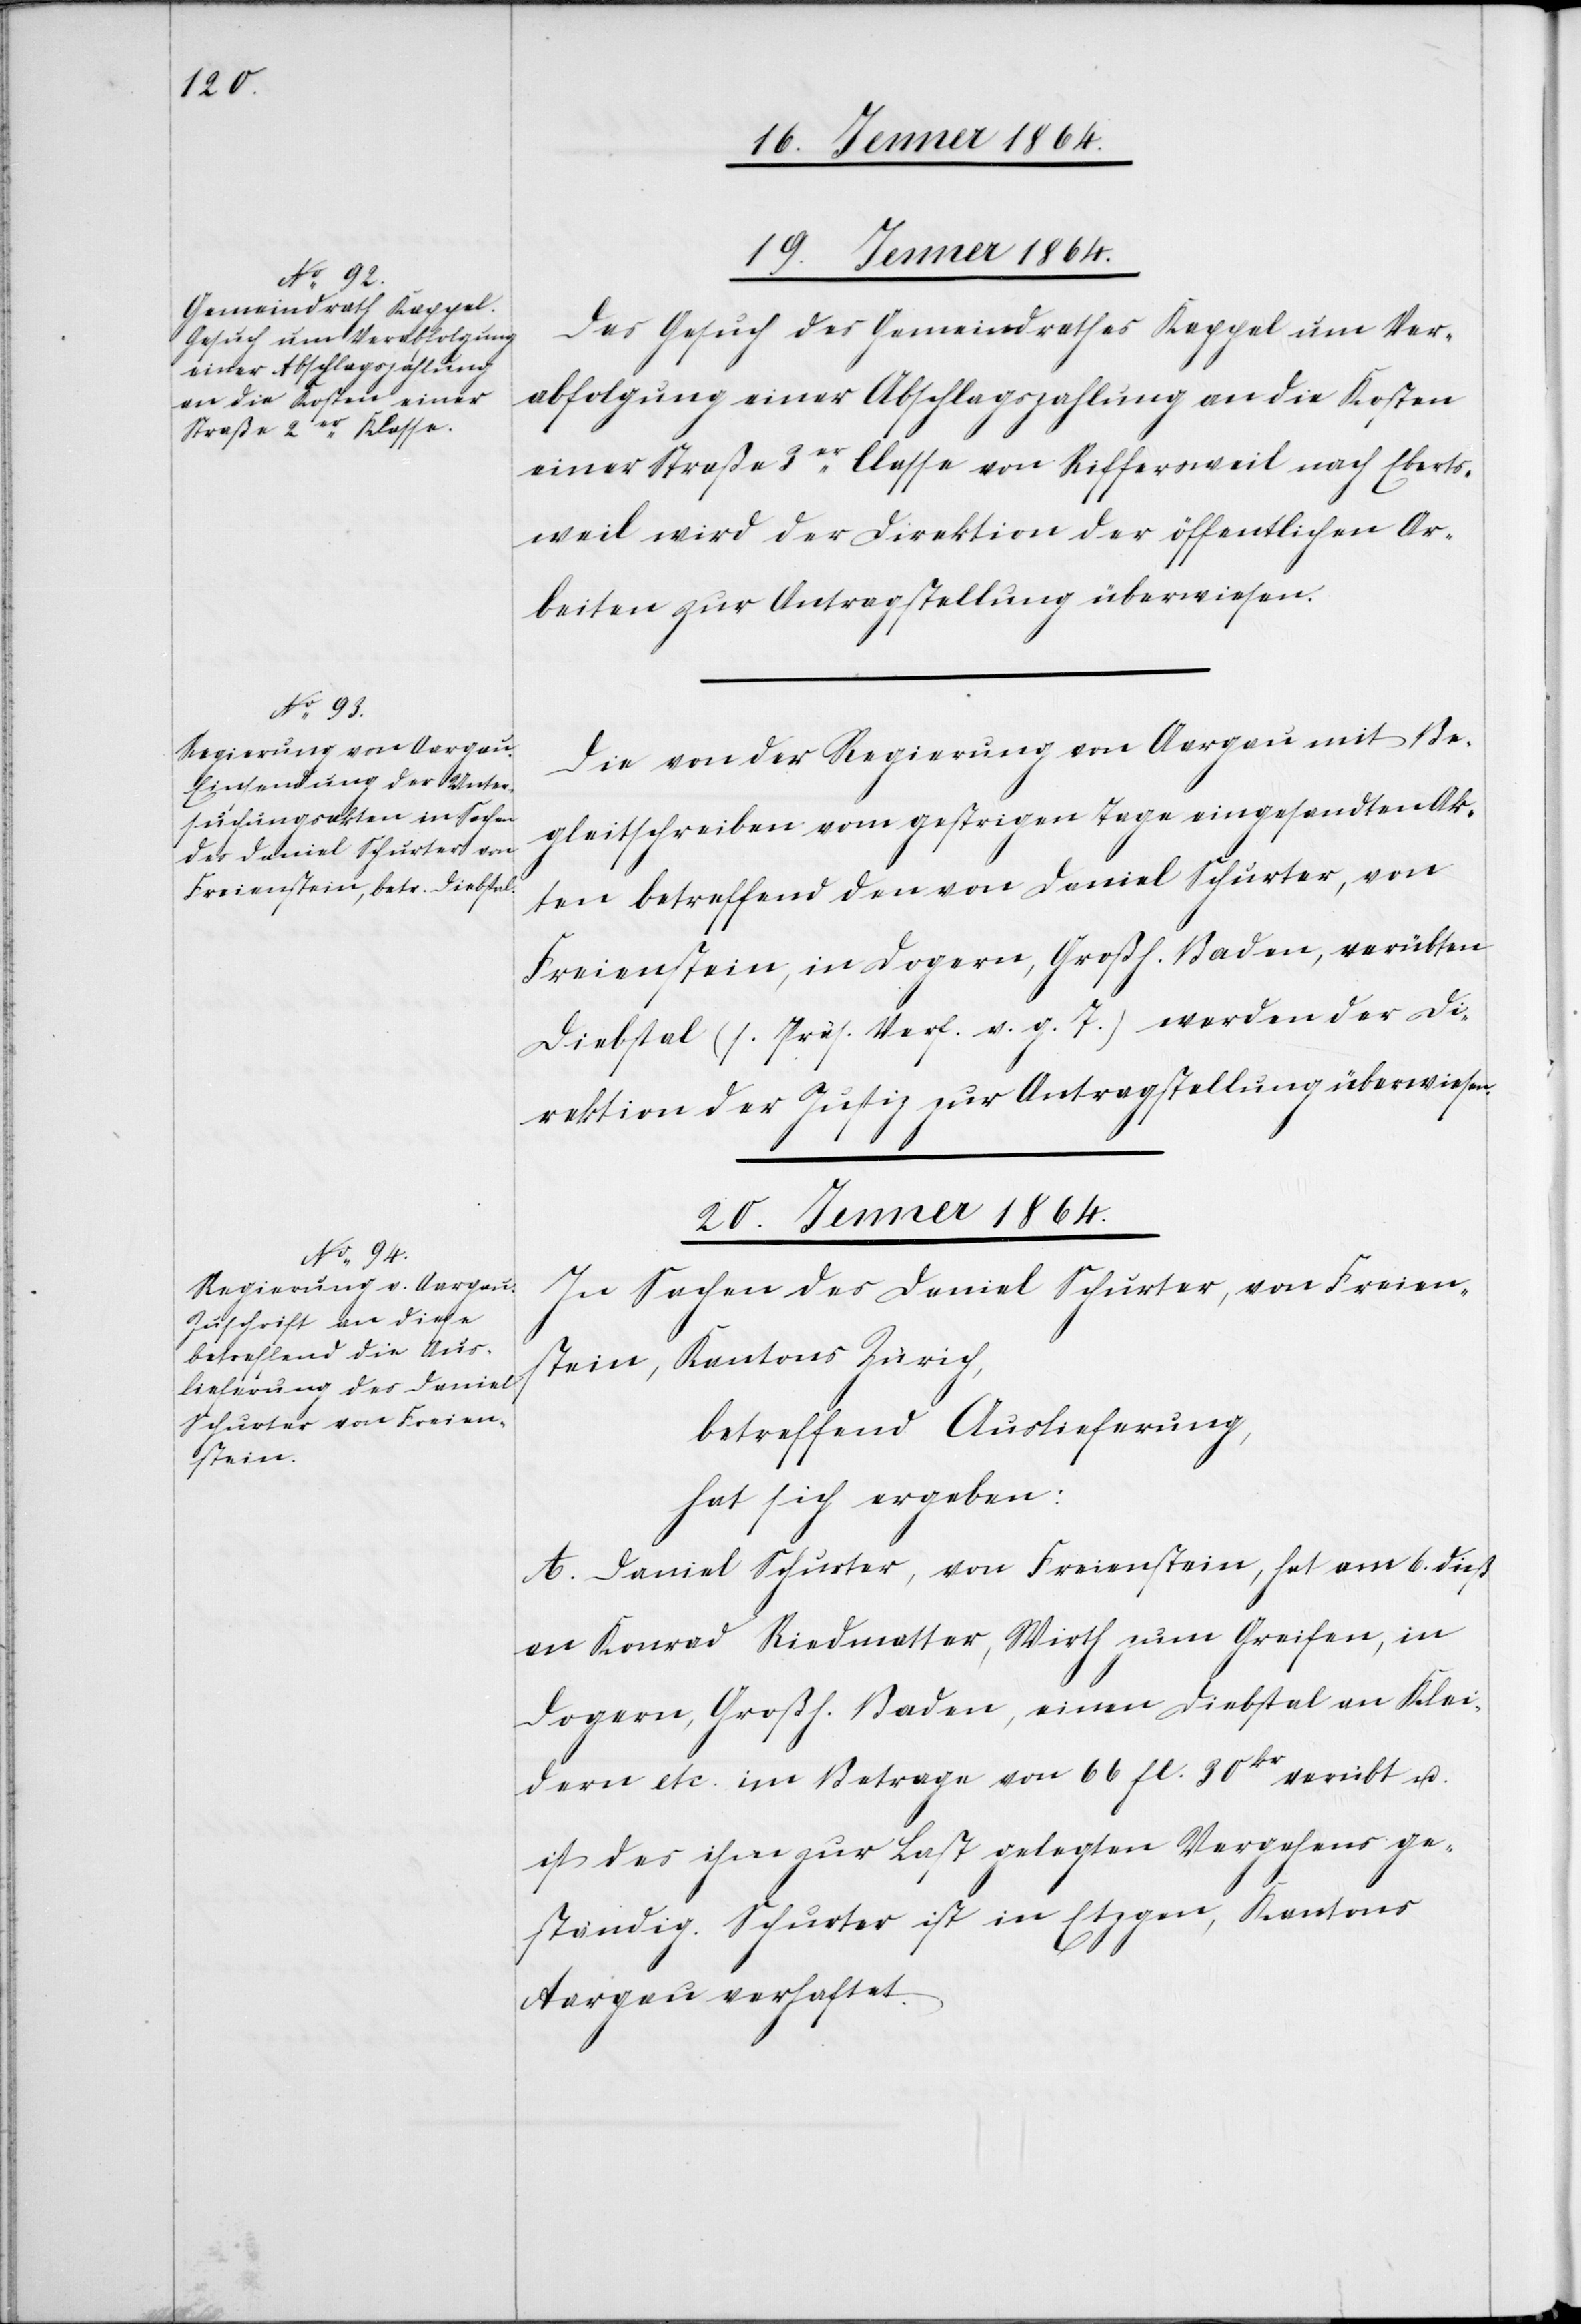
19. Jenner 1864.]
Das Gesuch des Gemeindrathes Kappel um Ver¬
abfolgung einer Abschlagszahlung an die Kosten
einer Straße 3er [sic!] Classe von Riffersweil nach Eberts¬
weil wird der Direktion der öffentlichen Ar¬
beiten zur Antragstellung überwiesen.
Die von der Regierung von Aargau mit Be¬
gleitschreiben vom gestrigen Tage eingesandten Ak¬
ten betreffend den von Daniel Schurter, von
Freienstein, in Dogern, Großh. Baden, verübten
Diebstal (s. Präs. Verf. v. g. T.) werden der Di¬
rektion der Justiz zur Antragstellung überwiesen.
20. Jenner 1864
In Sachen des Daniel Schurter, von Freien¬
stein, Kantons Zürich,
betreffend Auslieferung,
hat sich ergeben:
A. Daniel Schurter, von Freienstein, hat am 6. dieß
an Konrad Riedmatter, Wirth zum Greifen, in
Dogern, Großh. Baden, einen Diebstahl an Klei¬
dern etc. im Betrage von 66 fl. 30kr verübt u.
ist des ihm zur Last gelegten Vergehens ge¬
ständig. Schurter ist in Etzgen, Kantons
Aargau verhaftet.